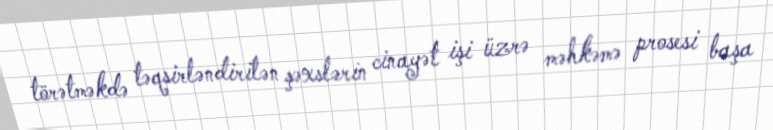
törətməkdə təqsirləndirilən şəxslərin cinayət işi üzrə məhkəmə prosesi başa